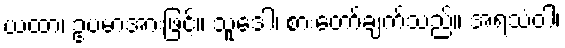
ယထာ၊ ဥပမာအားဖြင့်။ သူဒေါ၊ စားတော်ချက်သည်။ အရသံဝါ၊